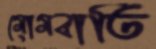
মোমবাতি